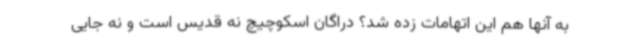
به آنها هم این اتهامات زده شد؟ دراگان اسکوچیچ نه قدیس است و نه جایی